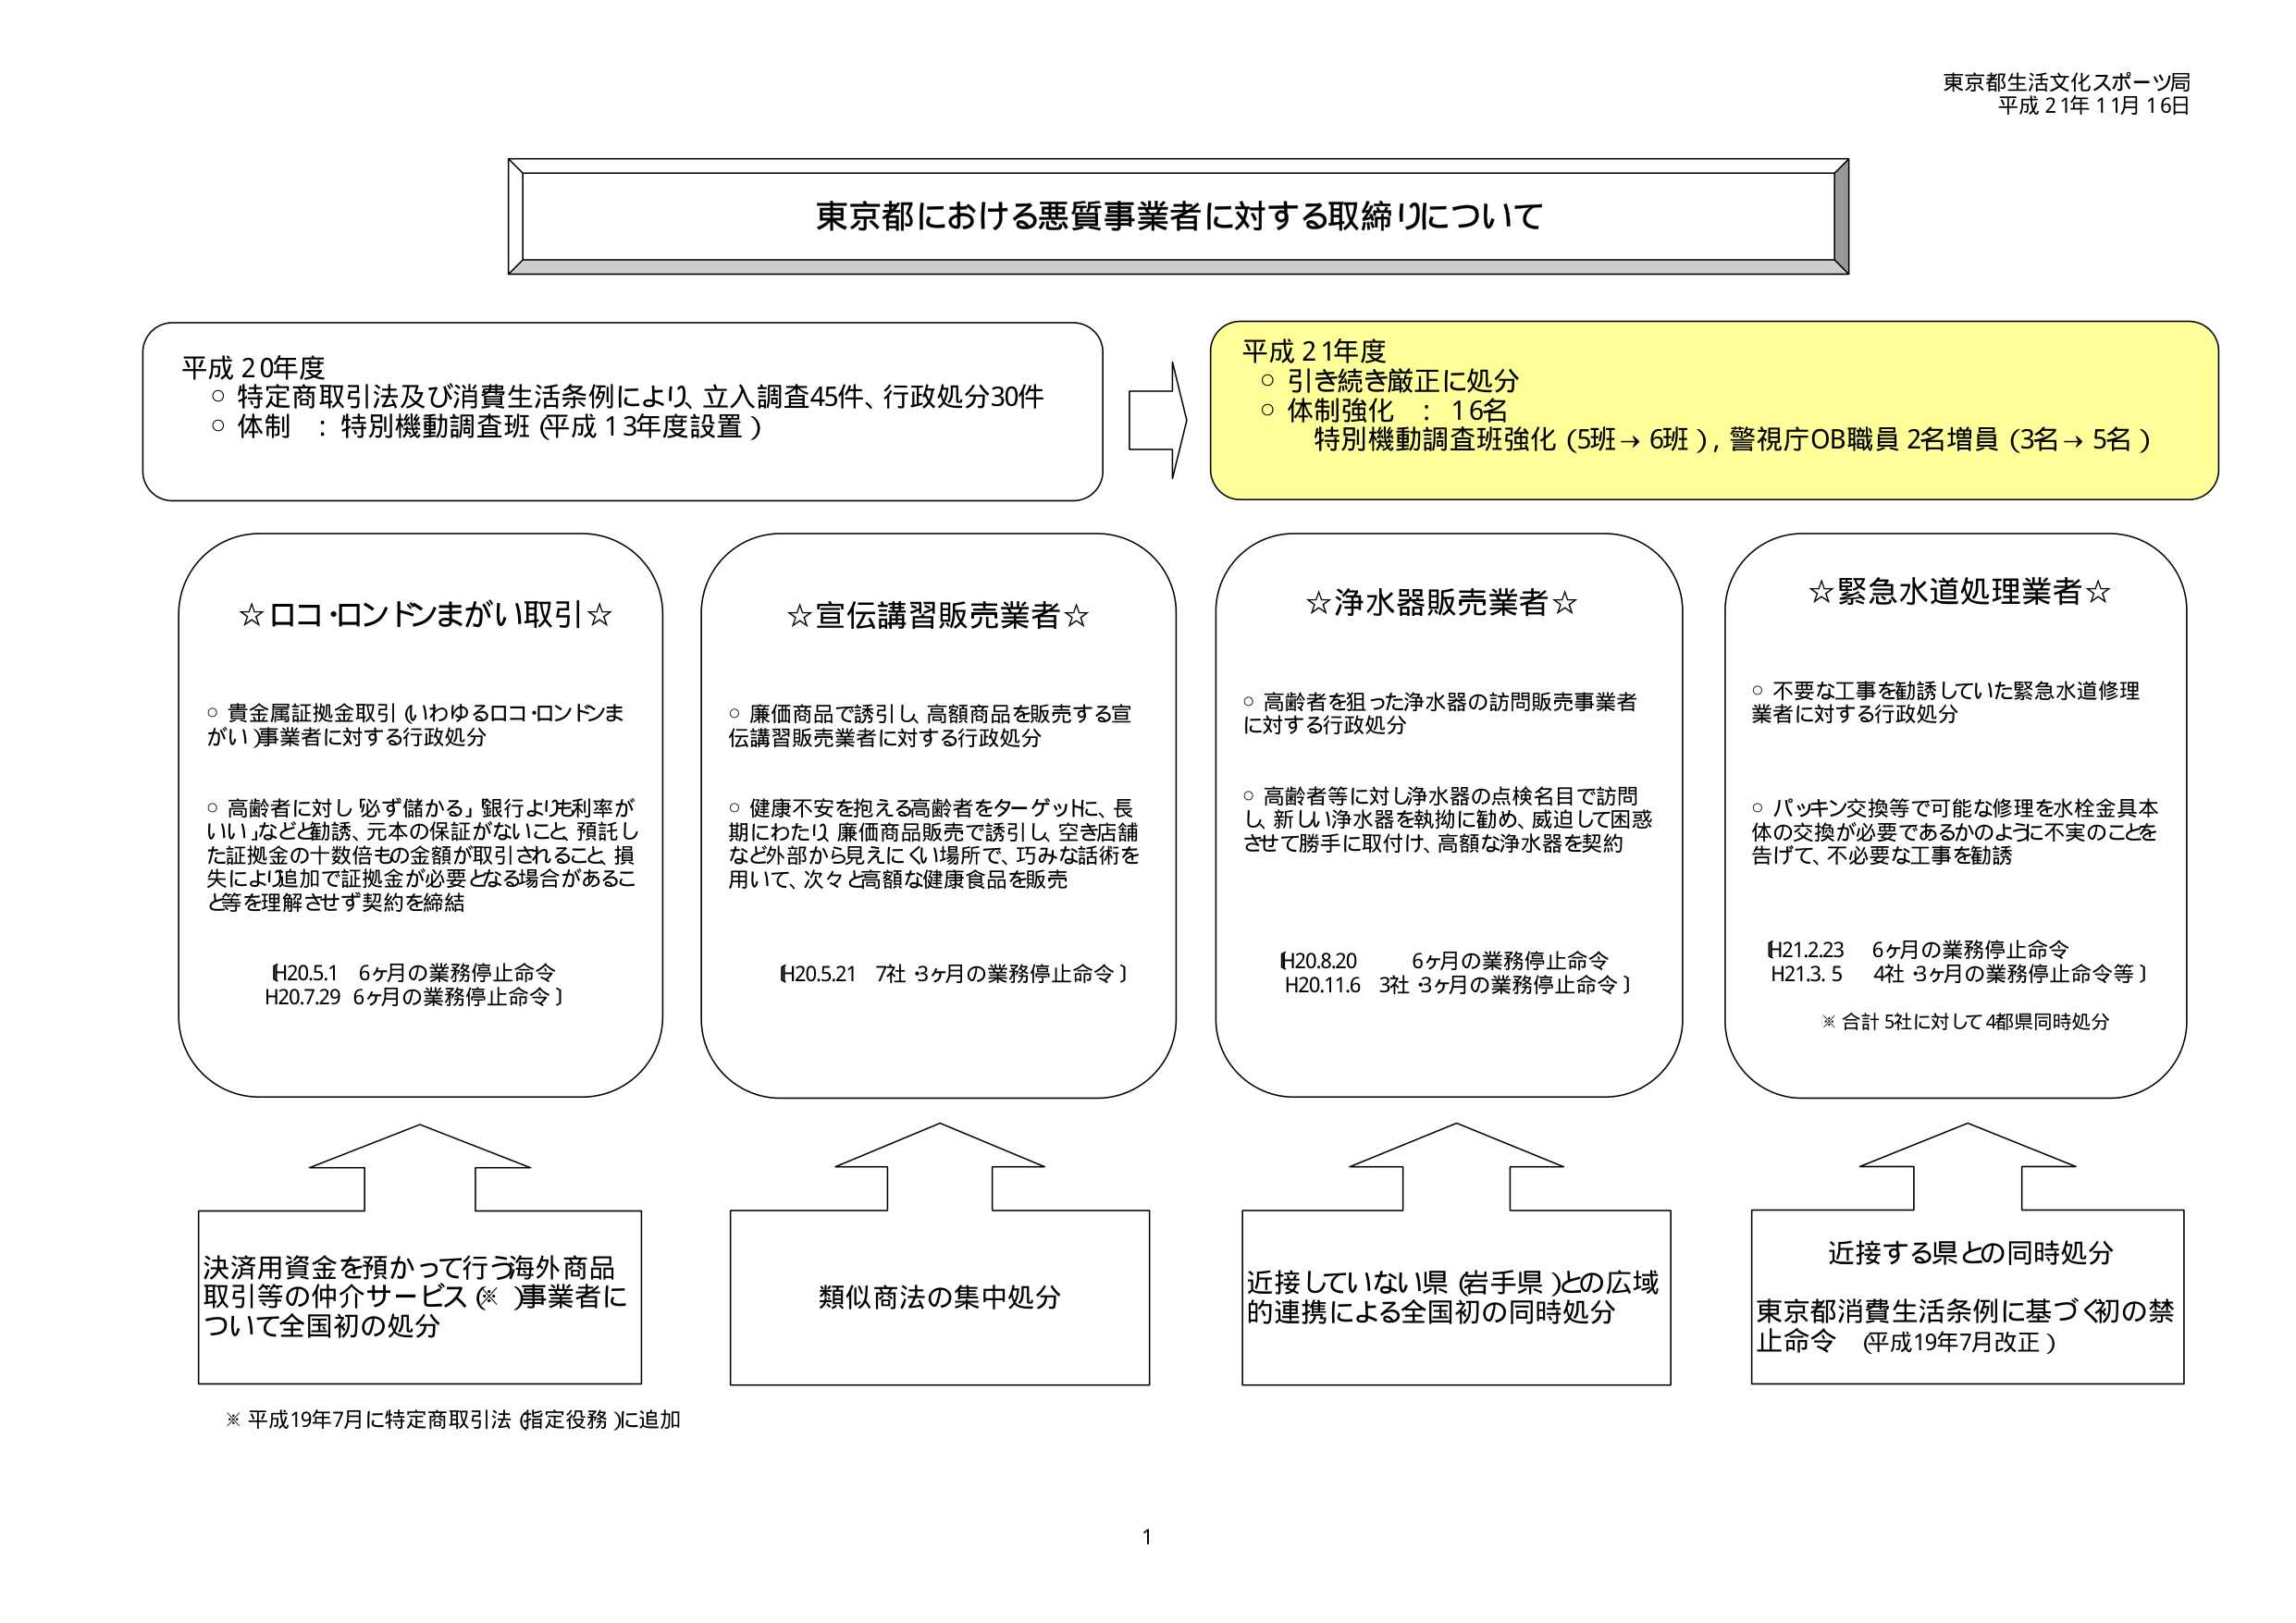
東京都生活文化スポーツ局
平成21年11月16日

東京都における悪質事業者に対する取締りについて

平成20年度
○ 特定商取引法及び消費生活条例により、立入調査45件、行政処分30件
○ 体制：特別機動調査班（平成13年度設置）

平成21年度
○ 引き続き厳正に処分
○ 体制強化：16名
特別機動調査班強化（5班→6班）、警視庁OB職員2名増員（3名→5名）

☆ロコ・ロンドンまがい取引☆
○ 貴金属証拠金取引（いわゆるロコ・ロンドンまがい）事業者に対する行政処分
○ 高齢者に対し「必ず儲かる」「銀行より利率がいい」などと勧誘、元本の保証がないこと、預託した証拠金の十数倍もの金額が取引されること、損失により追加で証拠金が必要となる場合があること等を理解させず契約を締結
【H20.5.1 6ヶ月の業務停止命令
H20.7.29 6ヶ月の業務停止命令】

☆宣伝講習販売業者☆
○ 廉価商品で誘引し、高額商品を販売する宣伝講習販売業者に対する行政処分
○ 健康不安を抱える高齢者をターゲットに、長期にわたり廉価商品販売で誘引し、空き店舗など外部から見えにくい場所で、巧みな話術を用いて、次々と高額な健康食品を販売
【H20.5.21 7社 3ヶ月の業務停止命令】

☆浄水器販売業者☆
○ 高齢者を狙った浄水器の訪問販売事業者に対する行政処分
○ 高齢者等に対し浄水器の点検名目で訪問し、新しい浄水器を執拗に勧め、威迫して困惑させて勝手に取付け、高額な浄水器を契約
【H20.8.20 6ヶ月の業務停止命令
H20.11.6 3社 3ヶ月の業務停止命令】

☆緊急水道処理業者☆
○ 不要な工事を勧誘していた緊急水道修理業者に対する行政処分
○ パッキン交換等で可能な修理を水栓金具本体の交換が必要であるかのように不実のことを告げて、不要な工事を勧誘
【H21.2.23 6ヶ月の業務停止命令
H21.3.5 4社 3ヶ月の業務停止命令等】
※合計5社に対して4都県同時処分

決済用資金を預かって行う海外商品取引等の仲介サービス（※）事業者について全国初の処分
※平成19年7月に特定商取引法（指定役務）に追加

類似商法の集中処分

近接していない県（岩手県）との広域的連携による全国初の同時処分

近接する県との同時処分
東京都消費生活条例に基づく初の禁止命令（平成19年7月改正）

1